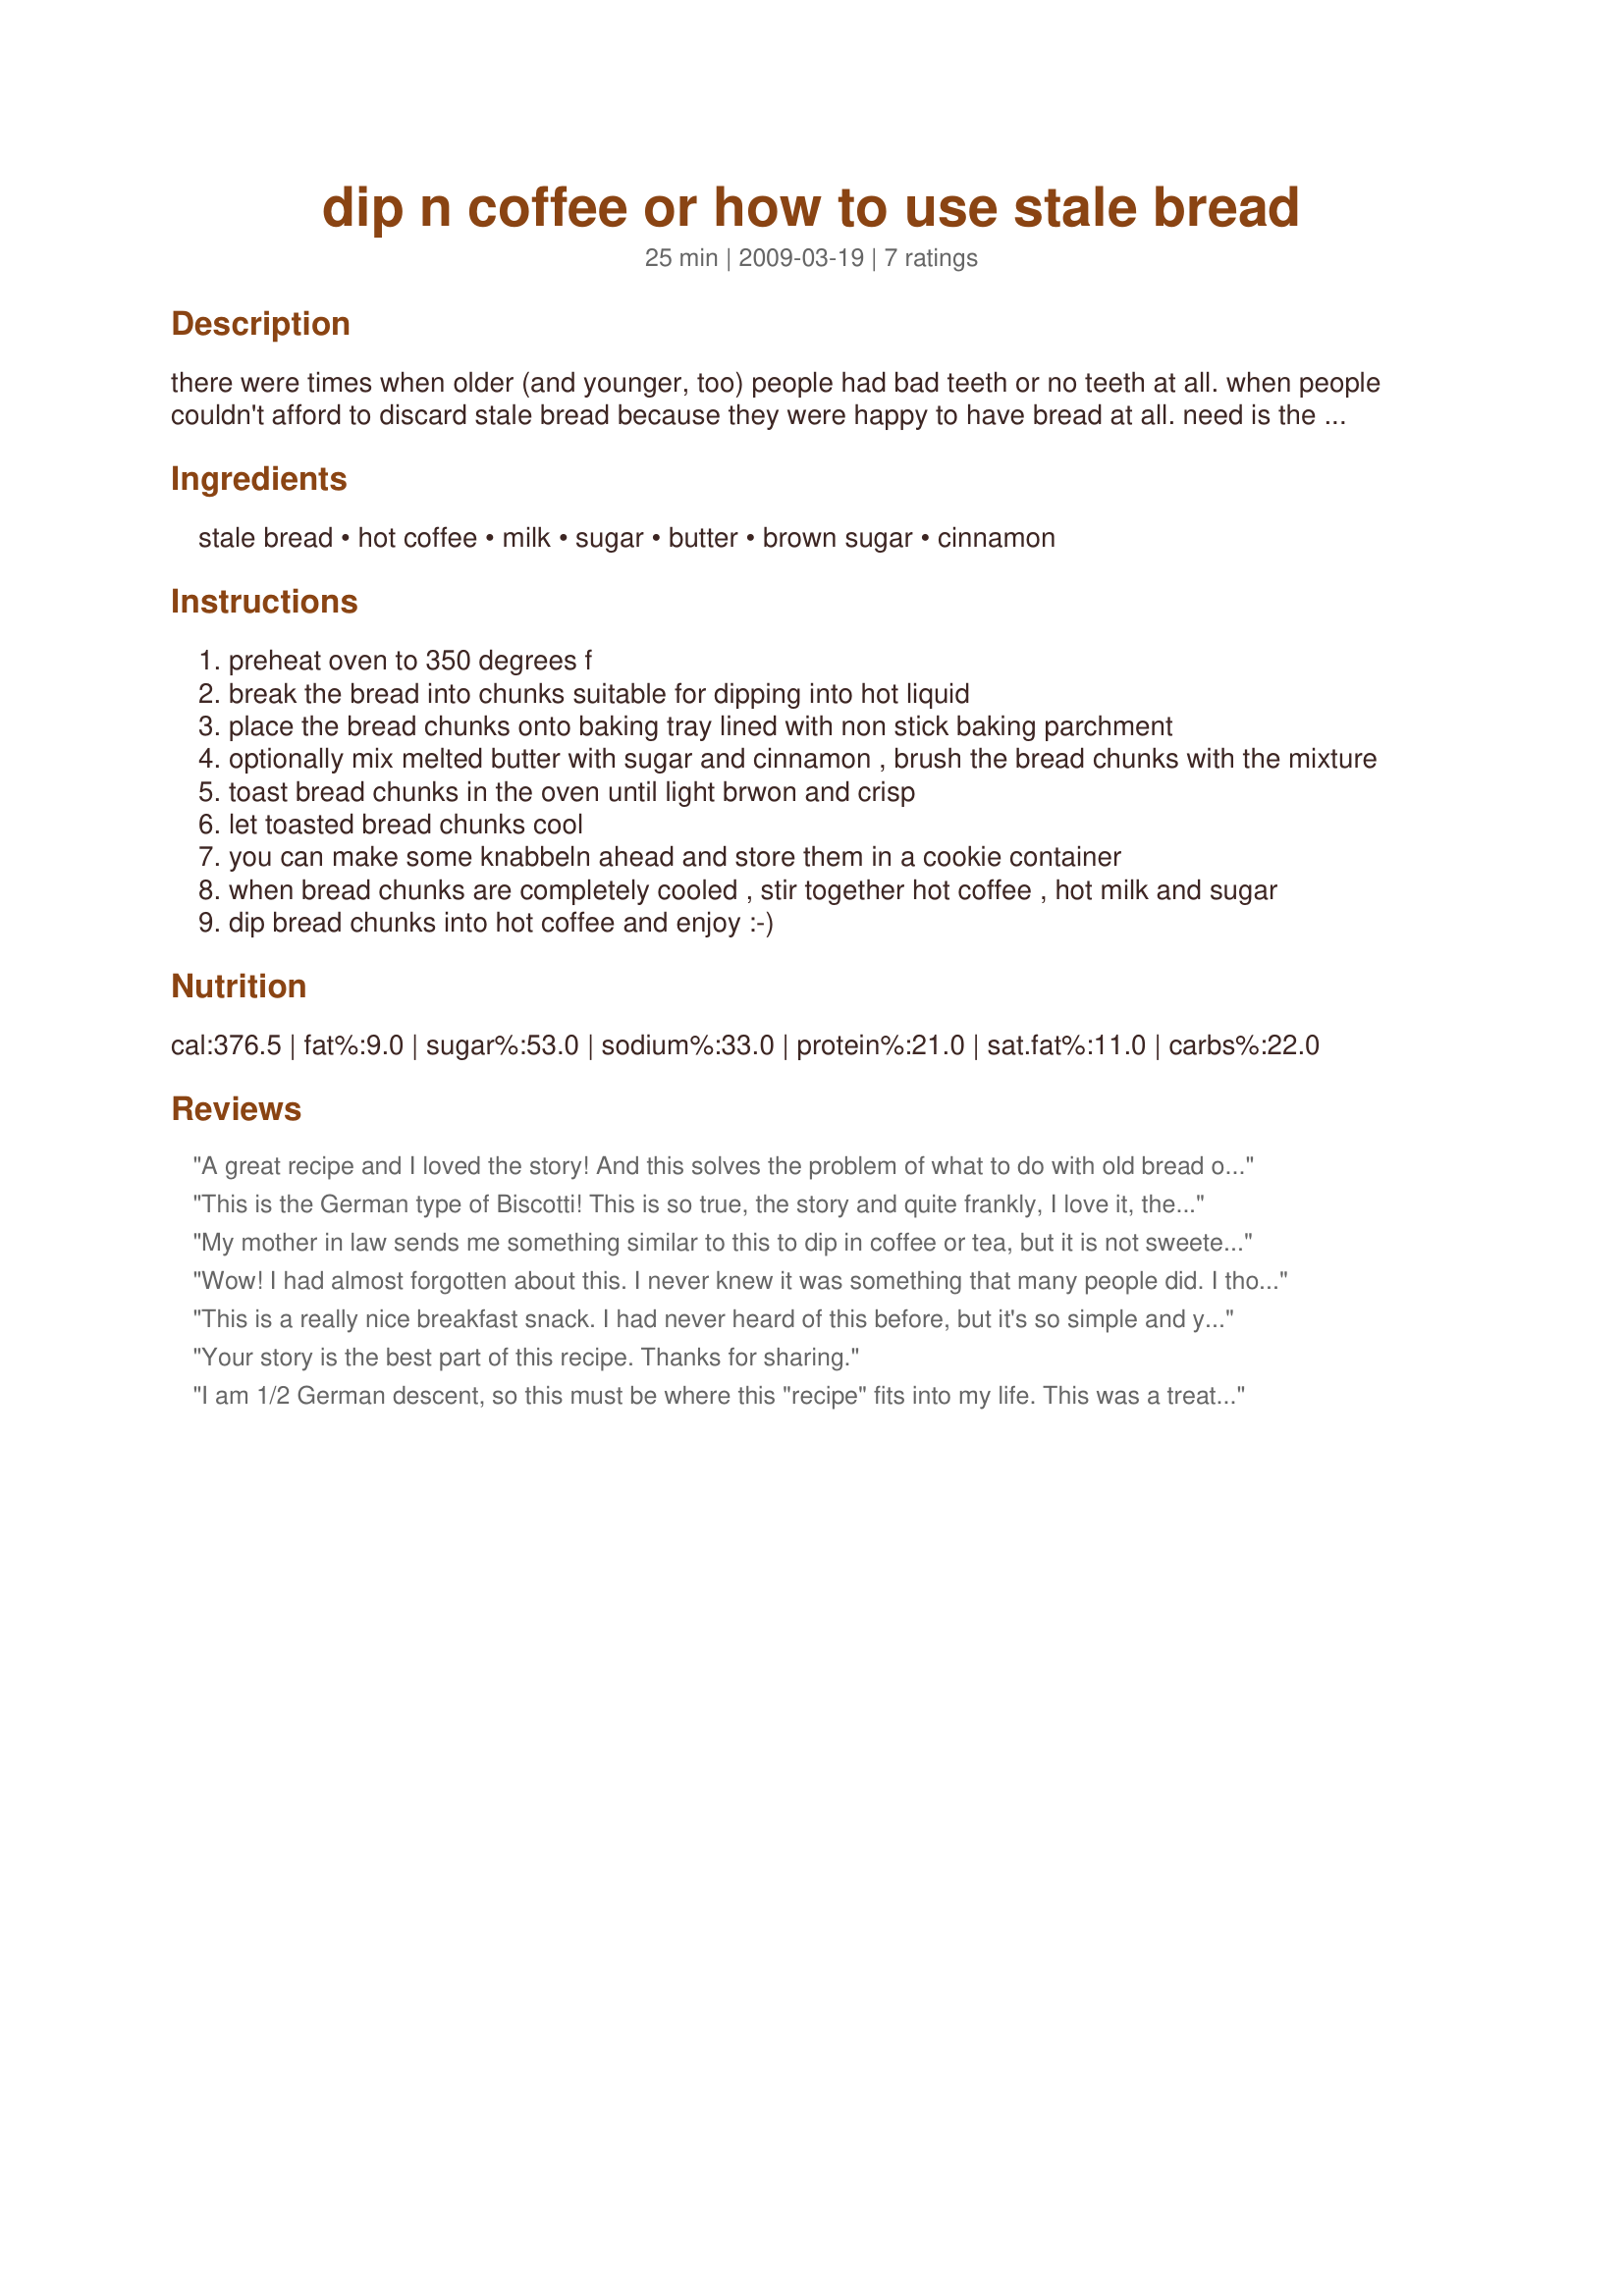
dip n coffee or how to use stale bread
Preparation time: 25 minutes

there were times when older (and younger, too) people had bad teeth or no teeth at all. when people couldn't afford to discard stale bread because they were happy to have bread at all. need is the mother of invention - make fondue or raclette out of old bread and old cheese when you have nothing else to eat but have to see how you can manage that old stuff with bad teeth or no teeth at all. that's the swiss way. germans seem to be more simple minded: just dip your stale bread into hot coffee or tea.
in my area of germany there is something called "knabbeln" which my dear fil introduced to me. he used to get up at four in the morning, put the ingredients for white bread into his bread machine, start the machine and then go back to bed until the bread was ready. one day the yeast he used must have been too old, the bread came out as a brick stone. so he smashed the brick stone into smaller pieces, put them in the oven to make kind of rusk which he brought me, telling me that when he was young this was called knabbeln. toast old bread so that it doesn't get bad and then have it for a simple breakfast with hot coffee or tea or for a fast lunch with some soup. now like cheese fondue or raclette, we developed our ultimate comfort food out of this old time need.
measurements and prep time are just fantasy - actually you can just take some stale rolls, a cup of your favourite coffee and start enjoying...

Ingredients:
stale bread, hot coffee, milk, sugar, butter, brown sugar, cinnamon

Steps:
preheat oven to 350 degrees f
break the bread into chunks suitable for dipping into hot liquid
place the bread chunks onto baking tray lined with non stick baking parchment
optionally mix melted butter with sugar and cinnamon , brush the bread chunks with the mixture
toast bread chunks in the oven until light brwon and crisp
let toasted bread chunks cool
you can make some knabbeln ahead and store them in a cookie container
when bread chunks are completely cooled , stir together hot coffee , hot milk and sugar
dip bread chunks into hot coffee and enjoy :-)

Reviews:
A great recipe and I loved the story! And this solves the problem of what to do with old bread other than turn it into breadcrumbs. There's a snack here called Bake Rolls, I think, it's the same thing - I just realised that - but savory :garlic,pizza and salty taste. I guess they didn't think of the sweet version. Thanks for the recipe.
This is the German type of Biscotti! This is so true, the story and quite frankly, I love it, the story and the Knabbein. My husband and I were raised on it and dipped it in hot black coffee.
We were not allowed to put sugar or milk in our coffee, our mothers told us it was not good for our teeth. I am so happy you have published this recipe. The butter, brown sugar, cinnamon and allspice was put on the toasted old bread and then slowly heated until a little hard like biscotti and stacked in a cookie jar for anyone to grab and dunk in their coffee.
My mother in law sends me something similar to this to dip in coffee or tea, but it is not sweetened at all. With this one, I did not sweeten the coffee and it worked out great. Made for Ramadan Tag 2010
Wow! I had almost forgotten about this. I never knew it was something that many people did. I thought it was just my Oma (she raised me). My Oma came to America from Landsberg (Am Lech). This brings back so many memories. I don't think she used stale bread though but she would give me a sweet cup of coffee with the bread already in it. I would use a spoon to fish it out. I have to give you 5stars because I remember loving it as a child although I don't know if I would as an adult . Thanks so much!
This is a really nice breakfast snack. I had never heard of this before, but it's so simple and yummy. I did the cinnamon-sugar mixture but dipped in black coffee. Thanks for the nice snack Mia and absolutely loved the story! Made for ZWT6 for the Unrulies Under the Influence.
Your story is the best part of this recipe. Thanks for sharing.
I am 1/2 German descent, so this must be where this "recipe" fits into my life. This was a treat at home when I was a kid. The bread didn't even have to be stale. It could just be toasted and dunked. I don't even think I have given it a thought for about 45 years. I'll be on top of it in the morning. Thanks for a nostalgic thrust.
